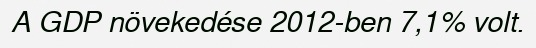
A GDP növekedése 2012-ben 7,1% volt.